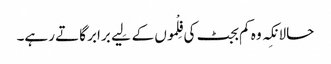
حالانکِہ وہ کم بجٹ کی فِلْموں کے لِیے برابر گاتے رہے۔